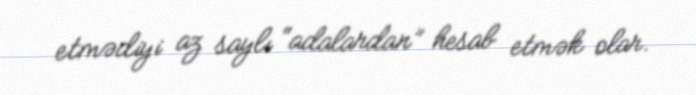
etmədiyi az saylı “adalardan” hesab etmək olar.